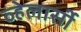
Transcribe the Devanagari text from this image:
व्हेलार्सी